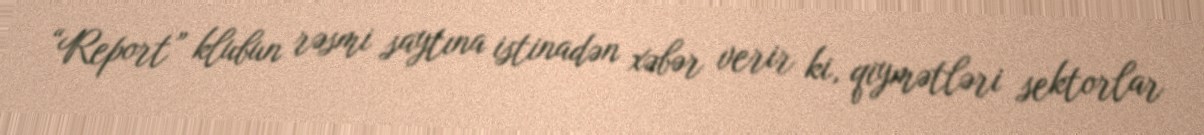
“Report” klubun rəsmi saytına istinadən xəbər verir ki, qiymətləri sektorlar